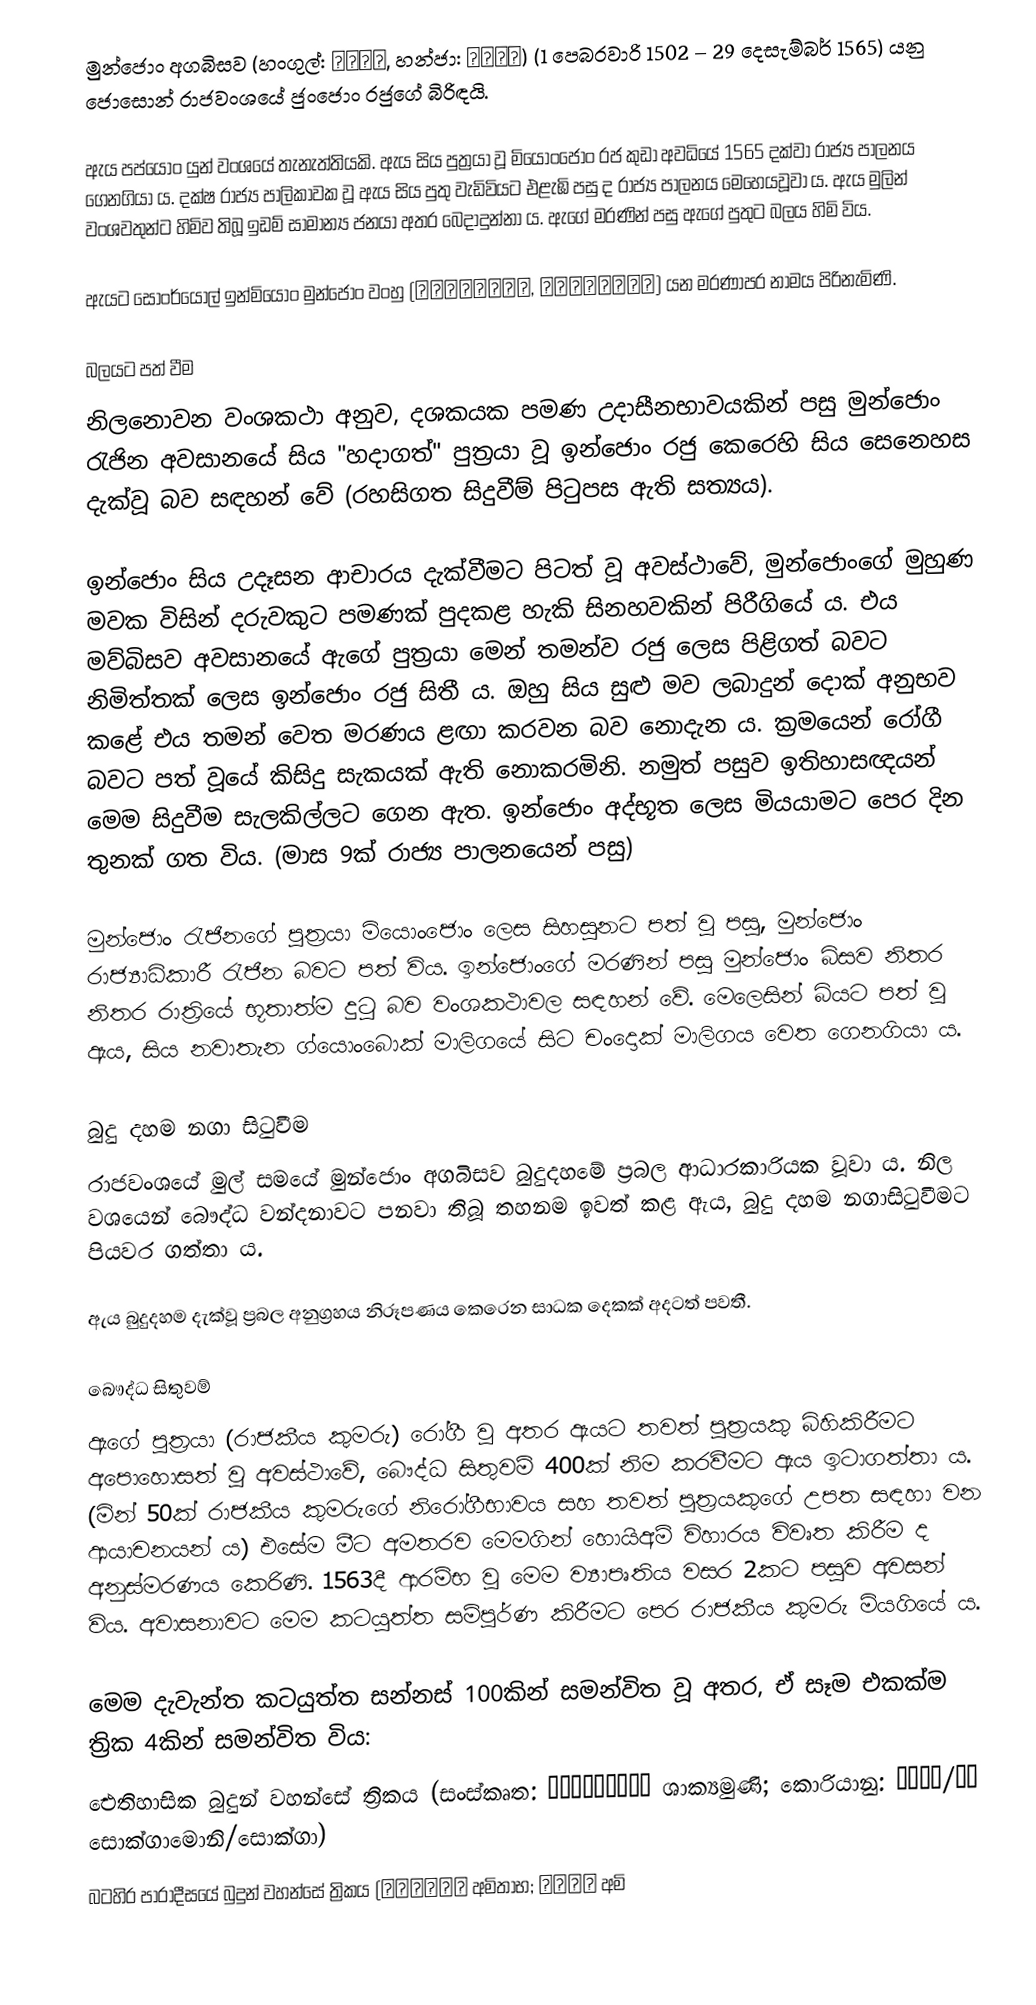
මුන්ජොං අගබිසව (හංගුල්: 문정왕후, හන්ජා: 文定王后) (1 පෙබරවාරි 1502 – 29 දෙසැම්බර් 1565) යනු ජොසොන් රාජවංශයේ ජුංජොං රජුගේ බිරිඳයි.

ඇය පප්යොං යුන් වංශයේ තැනැත්තියකි. ඇය සිය පුත්‍රයා වූ මියොංජොං රජ කුඩා අවධියේ 1565 දක්වා රාජ්‍ය පාලනය ගෙනගියා ය. දක්ෂ රාජ්‍ය පාලිකාවක වූ ඇය සිය පුතු වැඩිවියට එළැඹි පසු ද රාජ්‍ය පාලනය මෙහෙයවූවා ය. ඇය මුලින් වංශවතුන්ට හිමිව තිබූ ඉඩම් සාමාන්‍ය ජනයා අතර බෙදාදුන්නා ය. ඇගේ මරණින් පසු ඇගේ පුතුට බලය හිමි විය.

ඇයට සොංර්යොල් ඉන්මියොං මුන්ජොං වංහු (성렬인명문정왕후, 聖烈仁明文定王后) යන මරණාපර නාමය පිරිනැමිණි.

බලයට පත් වීම
නිල‍නොවන වංශකථා අනුව, දශකයක පමණ උදාසීනභාවයකින් පසු මුන්ජොං රැජින අවසානයේ සිය "හදාගත්" පුත්‍රයා වූ ඉන්ජොං රජු කෙරෙහි සිය සෙනෙහස දැක්වූ බව සඳහන් වේ (රහසිගත සිදුවීම් පිටුපස ඇති සත්‍යය).

ඉන්ජොං සිය උදෑසන ආචාරය දැක්වීමට පිටත් වූ අවස්ථාවේ, මුන්ජොංගේ මුහුණ මවක විසින් දරුවකුට පමණක් පුදකළ හැකි සිනහවකින් පිරීගියේ ය. එය මව්බිසව අවසානයේ ඇගේ පුත්‍රයා මෙන් තමන්ව රජු ලෙස පිළිගත් බවට නිමිත්තක් ලෙස ඉන්ජොං රජු සිතී ය. ඔහු සිය සුළු මව ලබාදුන් දොක් අනුභව කළේ එය තමන් වෙත මරණය ළඟා කරවන බව නොදැන ය. ක්‍රමයෙන් රෝගී බවට පත් වූයේ කිසිදු සැකයක් ඇති නොකරමිනි. නමුත් පසුව ඉතිහාසඥයන් මෙම සිදුවීම සැලකිල්ලට ගෙන ඇත. ඉන්ජොං අද්භූත ලෙස මියයාමට පෙර දින තුනක් ගත විය. (මාස 9ක් රාජ්‍ය පාලනයෙන් පසු)

මුන්ජොං රැජිනගේ පුත්‍රයා මියොංජොං ලෙස සිහසුනට පත් වූ පසු, මුන්ජොං රාජ්‍යාධිකාරී රැජින බවට පත් විය. ඉන්ජොංගේ මරණින් පසු මුන්ජොං බිසව නිතර නිතර රාත්‍රියේ භූතාත්ම දුටු බව වංශකථාවල සඳහන් වේ. මෙලෙසින් බියට පත් වූ ඇය, සිය නවාතැන ග්යොංබොක් මාලිගයේ සිට චංදොක් මාලිගය වෙත ගෙනගියා ය.

බුදු දහම නගා සිටුවීම
රාජවංශයේ මුල් සමයේ මුන්ජොං අගබිසව බුදුදහමේ ප්‍රබල ආධාරකාරියක වූවා ය. නිල වශයෙන් බෞද්ධ වන්දනාවට පනවා තිබූ තහනම ඉවත් කළ ඇය, බුදු දහම නගාසිටුවීමට පියවර ගත්තා ය.

ඇය බුදුදහම දැක්වූ ප්‍රබල අනුග්‍රහය නිරූපණය කෙරෙන සාධක දෙකක් අදටත් පවතී.

බෞද්ධ සිතුවම්
ඇගේ පුත්‍රයා (රාජකීය කුමරු) රෝගී වූ අතර ඇයට තවත් පුත්‍රයකු බිහිකිරීමට අපොහොසත් වූ අවස්ථාවේ, බෞද්ධ සිතුවම් 400ක් නිම කරවීමට ඇය ඉටාගත්තා ය. (මින් 50ක් රාජකීය කුමරුගේ නිරෝගීභාවය සහ තවත් පුත්‍රයකුගේ උපත සඳහා වන ආයාචනයන් ය) එසේම මීට අමතරව ‍මෙමගින් හොයිඅම් විහාරය විවෘත කිරීම ද අනුස්මරණය කෙරිණි. 1563දී ආරම්භ වූ මෙම ව්‍යාපෘතිය වසර 2කට පසුව අවසන් විය. අවාසනාවට මෙම කටයුත්ත සම්පූර්ණ කිරීමට පෙර රාජකීය කුමරු මියගියේ ය.

මෙම දැවැන්ත කටයුත්ත සන්නස් 100කින් සමන්විත වූ අතර, ඒ සෑම එකක්ම ත්‍රික 4කින් සමන්විත විය:
 ඓතිහාසික බුදුන් වහන්සේ ත්‍රිකය (සංස්කෘත: शाक्यमुनि ශාක්‍යමුණි; කොරියානු: 석가모니/석가 සොක්ගාමොනි/සොක්ගා)
 බටහිර පාරාදීසයේ බුදුන් වහන්සේ ත්‍රිකය (अमिताभ අමිතාභ; 아미타불 අමි